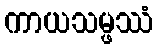
ကာယသမ္ဖဿံ